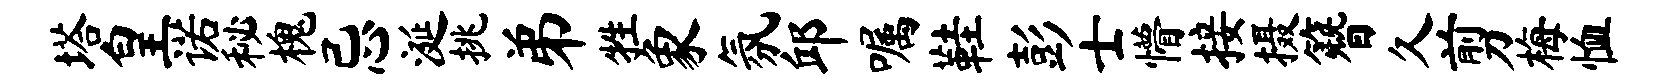
塔皇诺秘槐忌涎挑弟牲象氛邱嘱鞋彭士懵接摄簪久剪梅恤